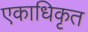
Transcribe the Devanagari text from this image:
एकाधिकृत